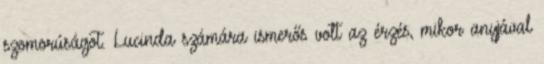
szomorúságot. Lucinda számára ismerős volt az érzés, mikor anyjával